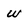
Character: w